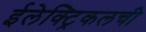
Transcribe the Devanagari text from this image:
ईलेक्ट्रिकलची